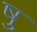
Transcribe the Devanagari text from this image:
षु